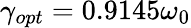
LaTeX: \gamma_{opt}=0.9145\omega_{0}